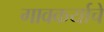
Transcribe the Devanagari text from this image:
गावकर्याचे